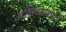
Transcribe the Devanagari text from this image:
महिलोपयोगी